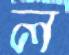
ল